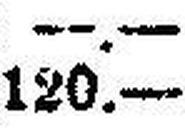
120.—